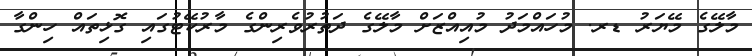
މާލޭގެ މޭޔަރު ޑރ. މުހައްމަދު މުއިއްޒަށް މާލޭގެ ދަތުރުވެރިންގެ މާރުކޭޓުގައި ގޮޅިތައް ހިންގާ